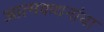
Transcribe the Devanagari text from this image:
आत्मकथनांचा